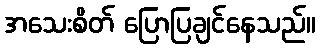
အသေးစိတ် ပြောပြချင်နေသည်။